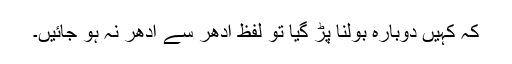
کہ کہیں دوبارہ بولنا پڑ گیا تو لفظ ادھر سے اُدھر نہ ہو جائیں۔